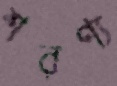
শরণ্য